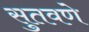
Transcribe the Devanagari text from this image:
सुतवणे